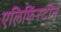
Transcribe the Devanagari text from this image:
एलिफिंस्टोन